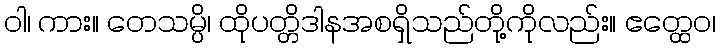
ဝါ၊ ကား။ တေသမ္ပိ၊ ထိုပတ္တိဒါနအစရှိသည်တို့ကိုလည်း။ ဧတ္ထေဝ၊